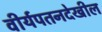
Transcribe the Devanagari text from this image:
वीर्यपतनदेखील